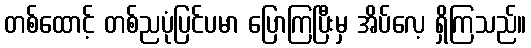
တစ်ထောင့် တစ်ညပုံပြင်ပမာ ပြောကြပြီးမှ အိပ်လေ့ ရှိကြသည်။